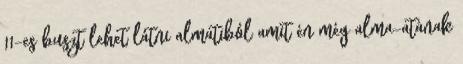
11-es buszt lehet látni almatiból amit én még alma-atának